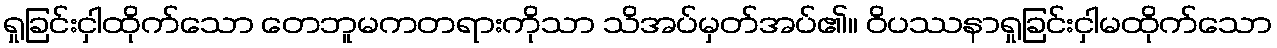
ရှုခြင်းငှါထိုက်သော တေဘူမကတရားကိုသာ သိအပ်မှတ်အပ်၏။ ဝိပဿနာရှုခြင်းငှါမထိုက်သော